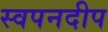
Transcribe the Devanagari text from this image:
स्वपनदीप